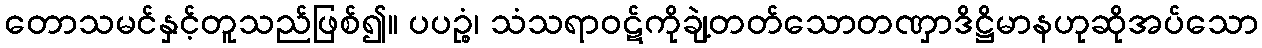
တောသမင်နှင့်တူသည်ဖြစ်၍။ ပပဉ္စံ၊ သံသရာဝဋ်ကိုချဲ့တတ်သောတဏှာဒိဋ္ဌိမာနဟုဆိုအပ်သော